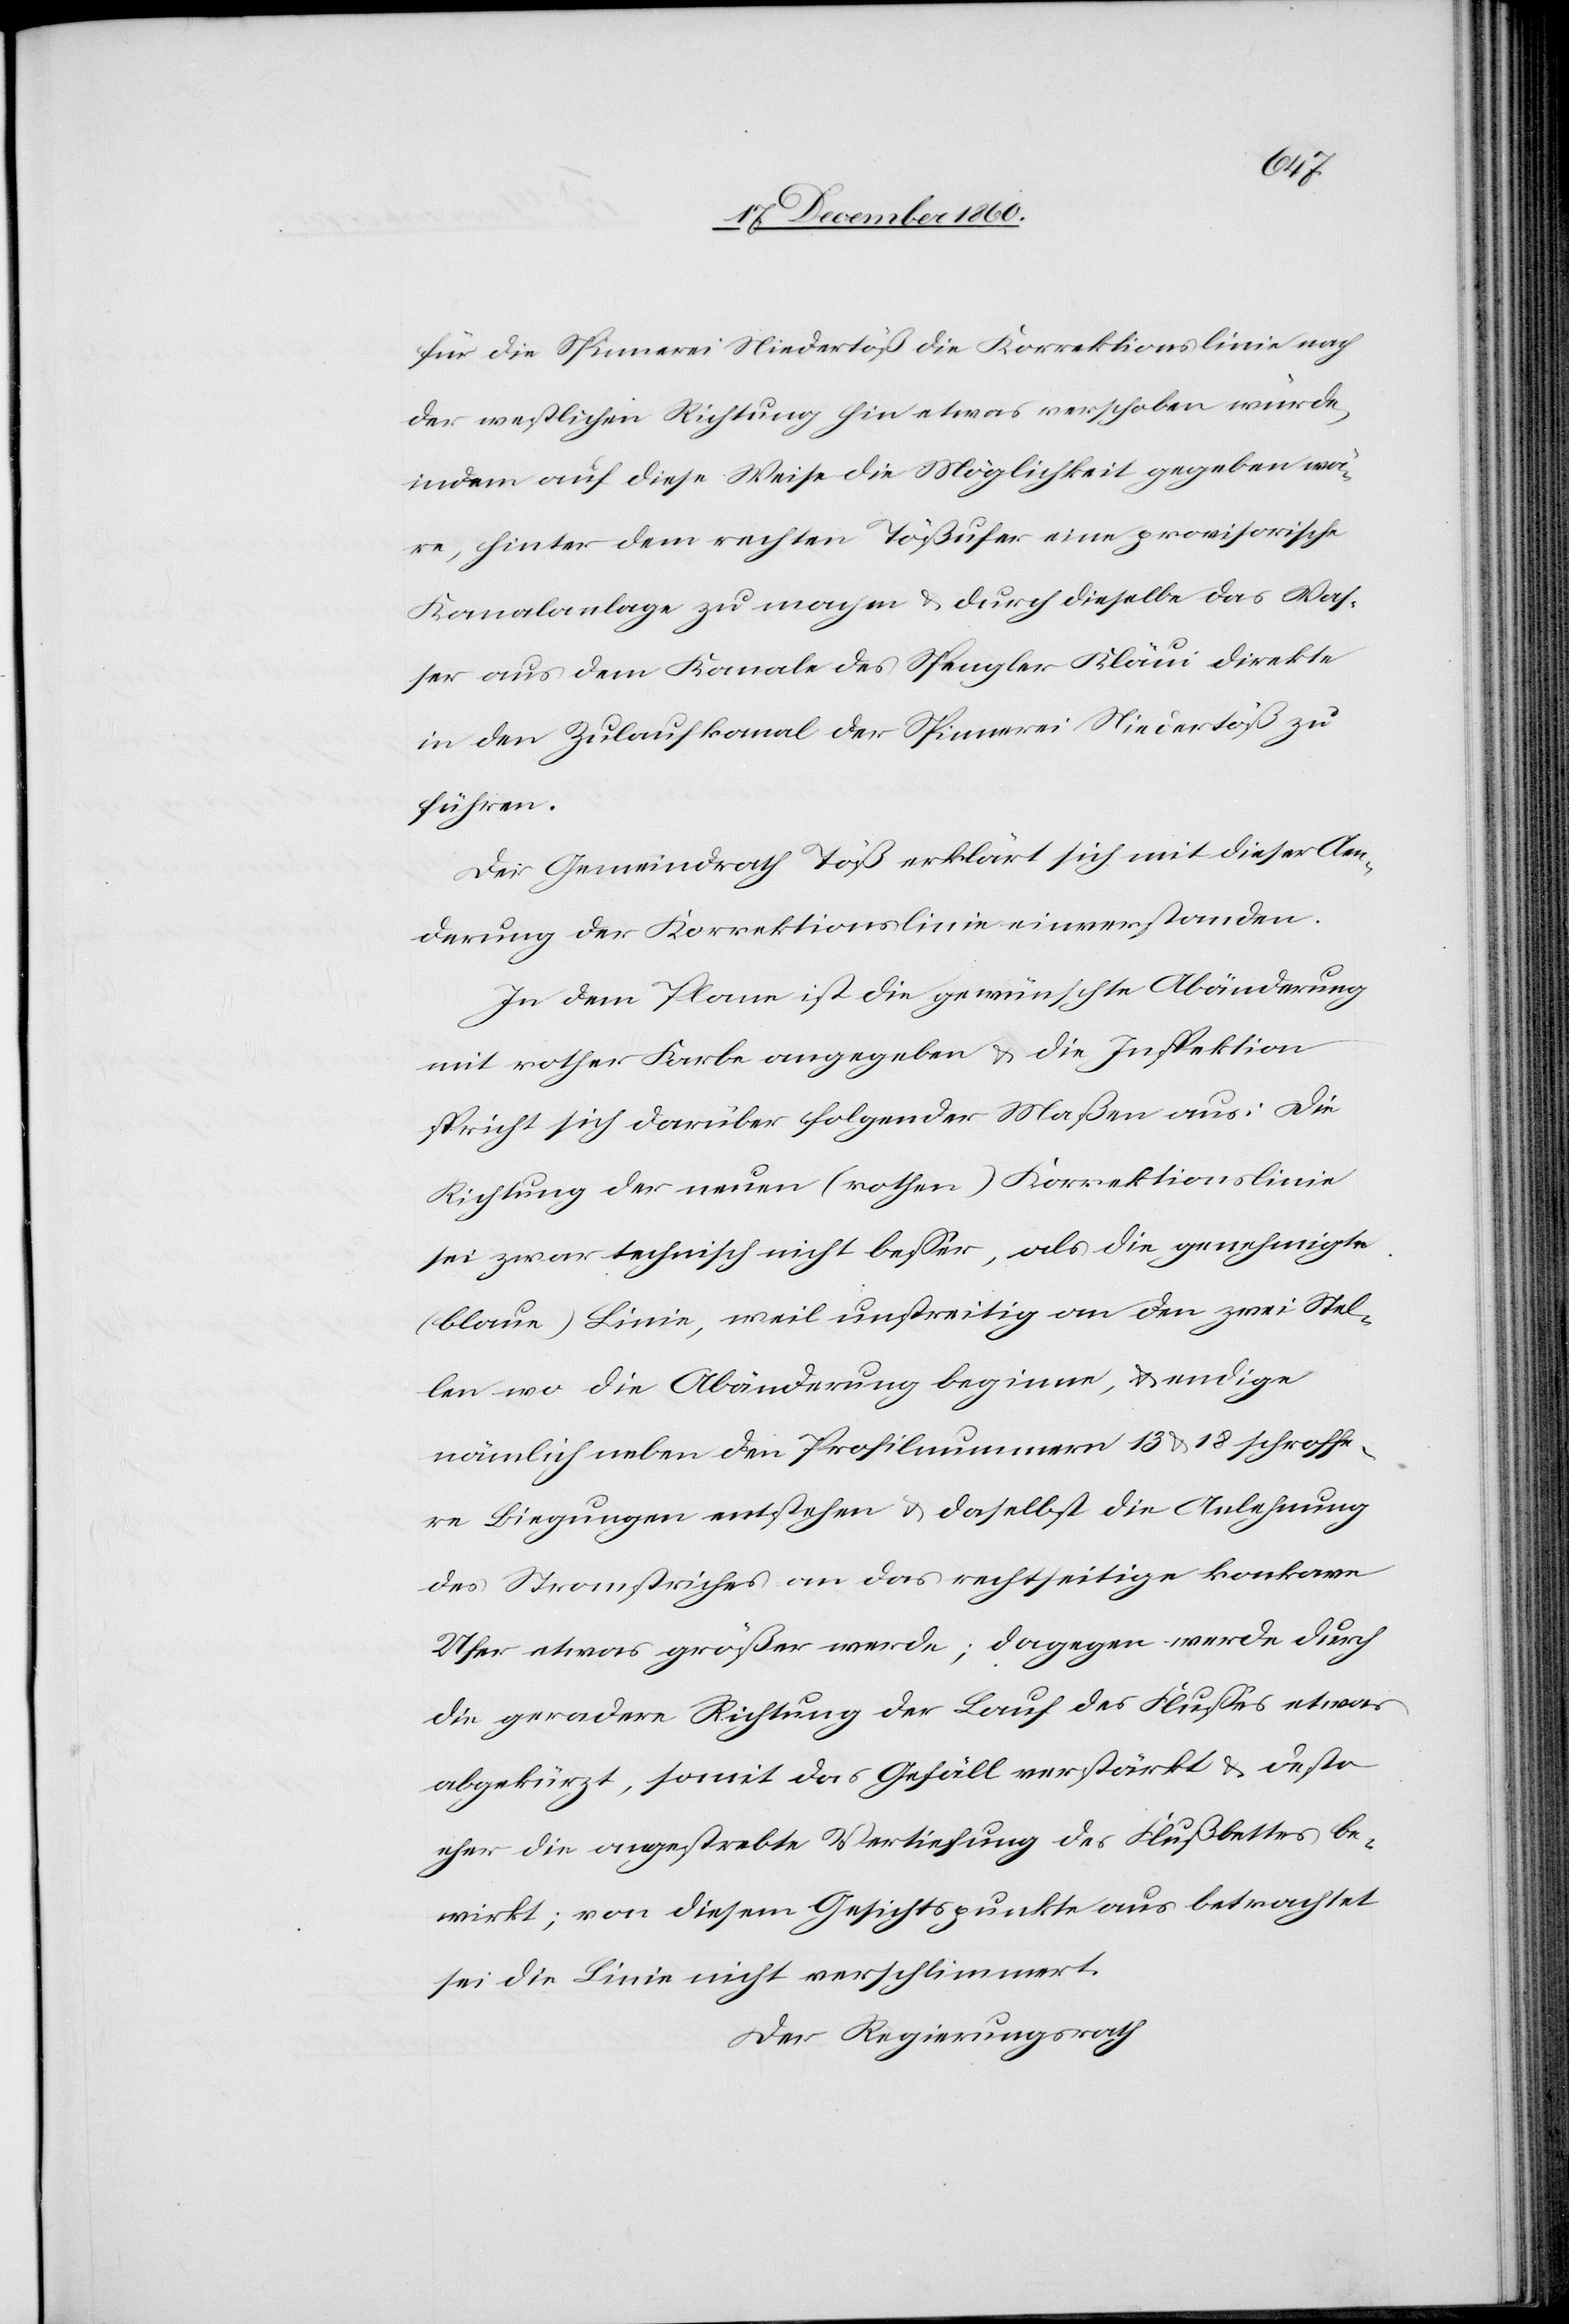
für die Spinnerei Niedertöß die Korrektionslinie nach
der westlichen Richtung hin etwas verschoben würde,
indem auf diese Weise die Möglichkeit gegeben wä¬
re, hinter dem rechten Tößufer eine provisorische
Kanalanlage zu machen u. durch dieselbe das Was¬
ser aus dem Kanale des Spengler Kläui direkte
in den Zulaufkanal der Spinnerei Niedertöß zu
führen.
Der Gemeindrath Töß erklärt sich mit dieser Aen¬
derung der Korrektionslinie einverstanden.
In dem Plane ist die gewünschte Abänderung
in rother Farbe angegeben u. die Inspektion
spricht sich darüber folgender Maßen aus: Die
Richtung der neuen (rothen) Korrektionslinie
sei zwar technisch nicht besser, als die genehmigte
(blaue) Linie, weil unstreitig an den zwei Stel¬
len wo die Abänderung beginne, u. endige
nämlich neben den Profilnummern 13 u. 18 schroffe¬
re Biegungen entstehen u. daselbst die Anlehnung
des Stromstriches an das rechtseitige konkave
Ufer etwas größer werde; dagegen werde durch
die geradere Richtung der Lauf des Flusses etwas
abgekürzt, somit das Gefäll verstärkt u. desto
eher die angestrebte Vertiefung des Flußbettes be¬
wirkt; von diesem Gesichtspunkte aus betrachtet
sei die Linie nicht verschlimmert.
Der Regierungsrath